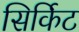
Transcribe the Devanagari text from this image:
सिर्किट